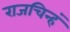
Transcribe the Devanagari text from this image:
राजचिन्हं